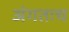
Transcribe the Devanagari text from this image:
अंगतःच